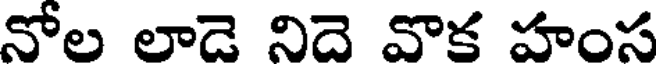
నోల లాడె నిదె వొక హంస